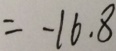
= - 1 6 . 8